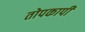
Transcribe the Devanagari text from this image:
तोपकापी